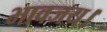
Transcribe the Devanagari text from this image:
भावजय।